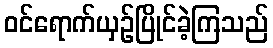
ဝင်ရောက်ယှဉ်ပြိုင်ခဲ့ကြသည်